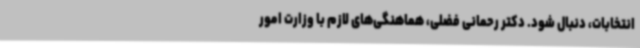
انتخابات، دنبال شود. دکتر رحمانی فضلی، هماهنگی‌های لازم با وزارت امور